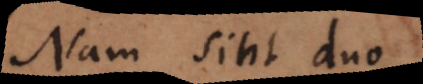
Nam sint duo